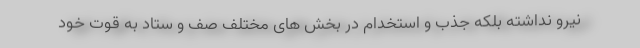
نیرو نداشته بلکه جذب و استخدام در بخش های مختلف صف و ستاد به قوت خود